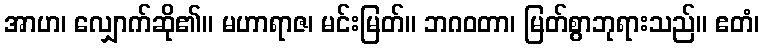
အာဟ၊ လျှောက်ဆို၏။ မဟာရာဇ၊ မင်းမြတ်။ ဘဂဝတာ၊ မြတ်စွာဘုရားသည်။ ဧတံ၊